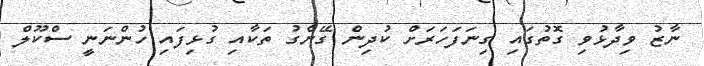
ނާޒު ވިދާޅުވި ގޮތުގައި ގިނަފަހަރަށް ކުދިން ގޭންގު ތަކާއި ގުޅިފައި ހުންނަނީ ސްކޫލް